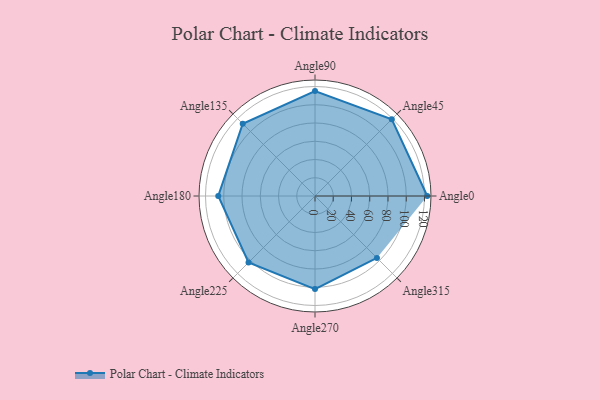
{"axis": {"x": "Angle", "y": "Radius"}, "legend": [""], "data": [{"x": "Angle0", "y": 123.0, "type": ""}, {"x": "Angle45", "y": 119.0, "type": ""}, {"x": "Angle90", "y": 115.0, "type": ""}, {"x": "Angle135", "y": 112.0, "type": ""}, {"x": "Angle180", "y": 106.0, "type": ""}, {"x": "Angle225", "y": 103.0, "type": ""}, {"x": "Angle270", "y": 102.0, "type": ""}, {"x": "Angle315", "y": 96.0, "type": ""}]}